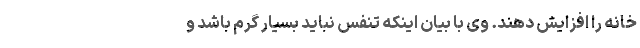
خانه را افزایش دهند. وی با بیان اینکه تنفس نباید بسیار گرم باشد و